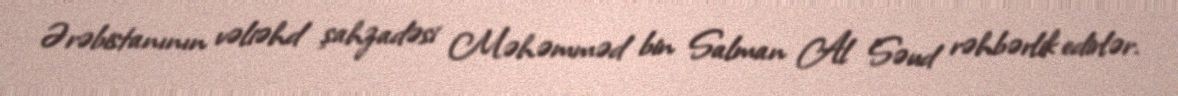
Ərəbistanının vəliəhd şahzadəsi Məhəmməd bin Salman Al Səud rəhbərlik edirlər.